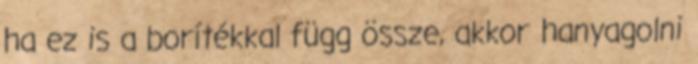
ha ez is a borítékkal függ össze, akkor hanyagolni